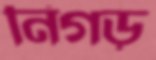
নিগড়